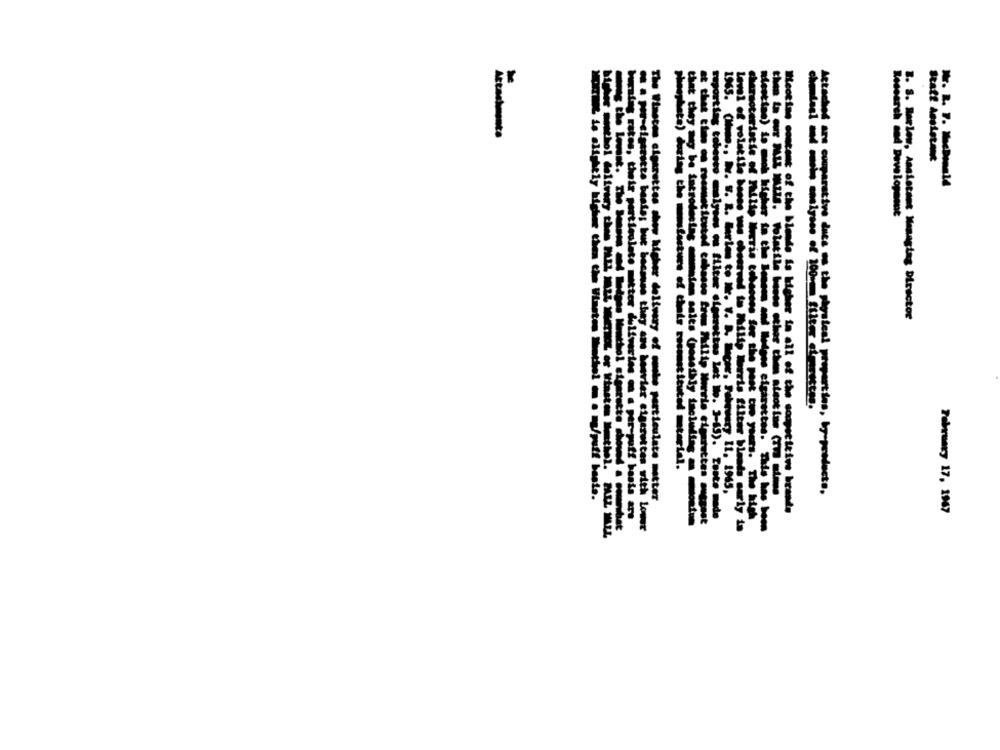
that
Level of volatile
3. S. Twelow, Maistant Meangles Director
they mg be introductne de salts Co
phosphate) during the romafacture of thatis reconstituted material.
Mary It. 1965,
arstive dues on the pirateai properties, by-products,
The Winsten cigarettes shop higher deltury of muehe particulate metter
Weot ing content of the blende is higher in all of the competitive brandts
February 17, 1967
posting tobasso mulyses on filter «fedrettes let No. 3-45). Tanto made
cursoteristie of Philip Morris tohoones for the past two years. The kich
burning rates, their particulate mitter deliveries on a per-puff basis are
that time do roomstituted cobasso fres Philip Morris cigarettes magnet
M . por-eigtratte basta; but boassse they are howvier cigarettes with Louer
bouvier cigarettes with Lower